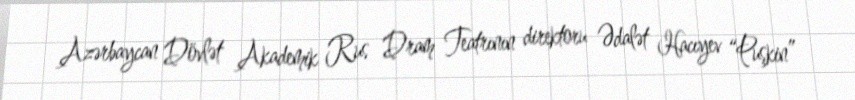
Azərbaycan Dövlət Akademik Rus Dram Teatrının direktoru Ədalət Hacıyev “Puşkin”